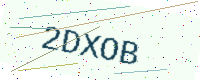
Text: 2DXOB